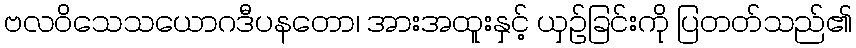
ဗလဝိသေသယောဂဒီပနတော၊ အားအထူးနှင့် ယှဉ်ခြင်းကို ပြတတ်သည်၏